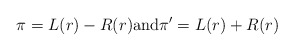
\begin{align*}\pi = L(r) - R(r) \mbox{and} \pi' = L(r) + R(r)\end{align*}